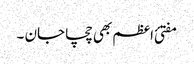
مفتئ اعظم بھی چچا جان ۔